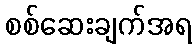
စစ်ဆေးချက်အရ